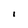
Character: I